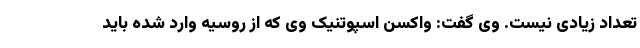
تعداد زیادی نیست. وی گفت: واکسن اسپوتنیک وی که از روسیه وارد شده باید